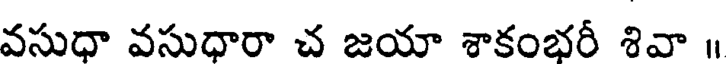
వసుధా వసుధారా చ జయా శాకంభరీ శివా ॥